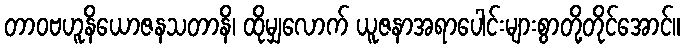
တာဝဗဟူနိယောဇနသတာနိ၊ ထိုမျှလောက် ယူဇနာအရာပေါင်းများစွာတို့တိုင်အောင်။